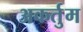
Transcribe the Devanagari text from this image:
अकर्तुम